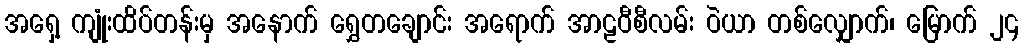
အရှေ့ ကျုံးထိပ်တန်းမှ အနောက် ရွှေတချောင်း အရောက် အာဠဝီစီလမ်း ဝဲယာ တစ်လျှောက်၊ မြောက် ၂၄